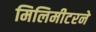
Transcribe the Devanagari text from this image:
मिलिमीटरने